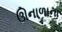
ઊનાળાના